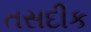
તસદીક